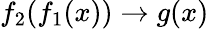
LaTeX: f_{2}(f_{1}(x))\rightarrow g(x)